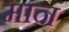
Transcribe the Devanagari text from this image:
मानं